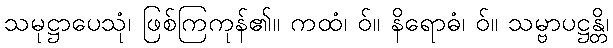
သမုဋ္ဌာပေသုံ၊ ဖြစ်ကြကုန်၏။ ကထံ၊ ဝ်။ နိရောဓံ၊ ဝ်။ သမ္ဗာပဋ္ဌန္တိ၊